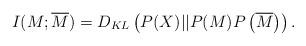
LaTeX: \begin{align*}I(M;\overline{M}) = D_{KL} \left( P(X)||P(M)P\left(\overline{M} \right) \right). \end{align*}